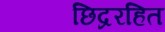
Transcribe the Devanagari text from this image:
छिद्ररहित